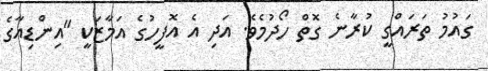
ގައުމު ތަރައްގީ ކުރާނެ ގޮތް ހޯދުމެވެ. އަދި އެ އޮފީހުގެ އަމާޒަކީ "އިންޑިއާގެ